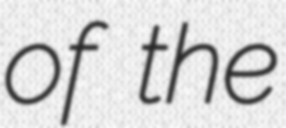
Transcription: of the